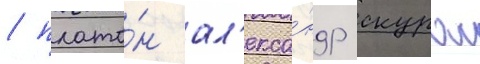
/ плато́н ал'екса́ндр скурас